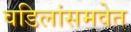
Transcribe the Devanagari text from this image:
वडिलांसमवेत